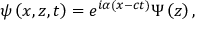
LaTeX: \psi \left( x , z , t \right) = e ^ { i \alpha \left( x - c t \right) } \Psi \left( z \right) ,